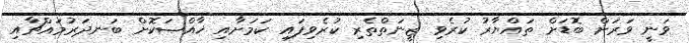
ވަނީ ވަރަށް ބޮޑަށް ތައްޔާރު ކުރެވި ޒީނަތްތެރި ކުރެވިފައި ކަމަށާއި ޚާއްޞަކޮށް ބަނދަރުމައްޗާއި